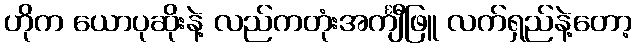
ဟိုက ယောပုဆိုးနဲ့ လည်ကတုံးအင်္ကျီဖြူ လက်ရှည်နဲ့တော့